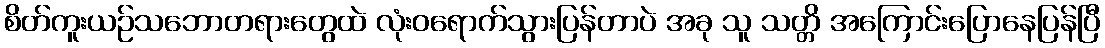
စိတ်ကူးယဉ်သဘောတရားတွေထဲ လုံးဝရောက်သွားပြန်တာပဲ အခု သူ သတ္တိ အကြောင်းပြောနေပြန်ပြီ